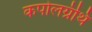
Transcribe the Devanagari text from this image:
कपोलग्रंथि